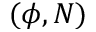
( \phi , N )